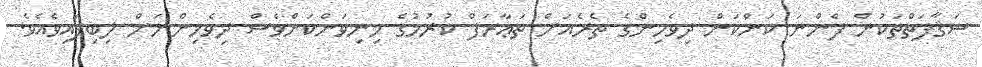
ސަޤާފަތްތަކުން ފެންނަ ކަންކަން ދިވެހިންގެ ތެރެއަށް ތަޢާރަފް ކުރުމުގެ މިނިވަންކަންވެސް ދިވެހިންނަށް ލިބިފައިވެއެވެ.